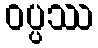
ဝပ္ပဿ